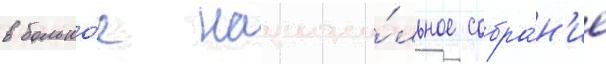
в большо́е национа́льное собра́н'ие